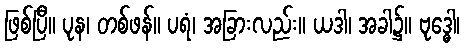
ဖြစ်ပြီ။ ပုန၊ တစ်ဖန်။ ပရံ၊ အခြားလည်း။ ယဒါ၊ အခါ၌။ ဗုဒ္ဓေါ၊